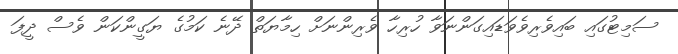
ސަމިޓުގައި ބައިވެރިވެވަޑައިގަންނަވާ ހުރިހާ ވެރިންނަށް ހިމާޔަތް ދޭނެ ކަމުގެ ޔަގީންކަން ވެސް ދީފަ